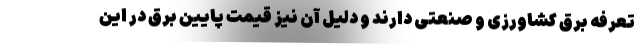
تعرفه برق کشاورزی و صنعتی دارند و دلیل آن نیز قیمت پایین برق در این